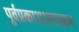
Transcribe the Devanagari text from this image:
पूर्वप्रकाशअपघटन